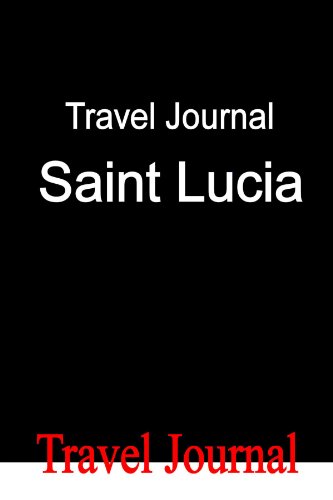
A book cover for Travel Journal Saint Lucia; E Locken; Travel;